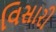
વિસારી